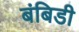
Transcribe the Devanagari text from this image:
बंबिडी